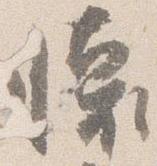
懐